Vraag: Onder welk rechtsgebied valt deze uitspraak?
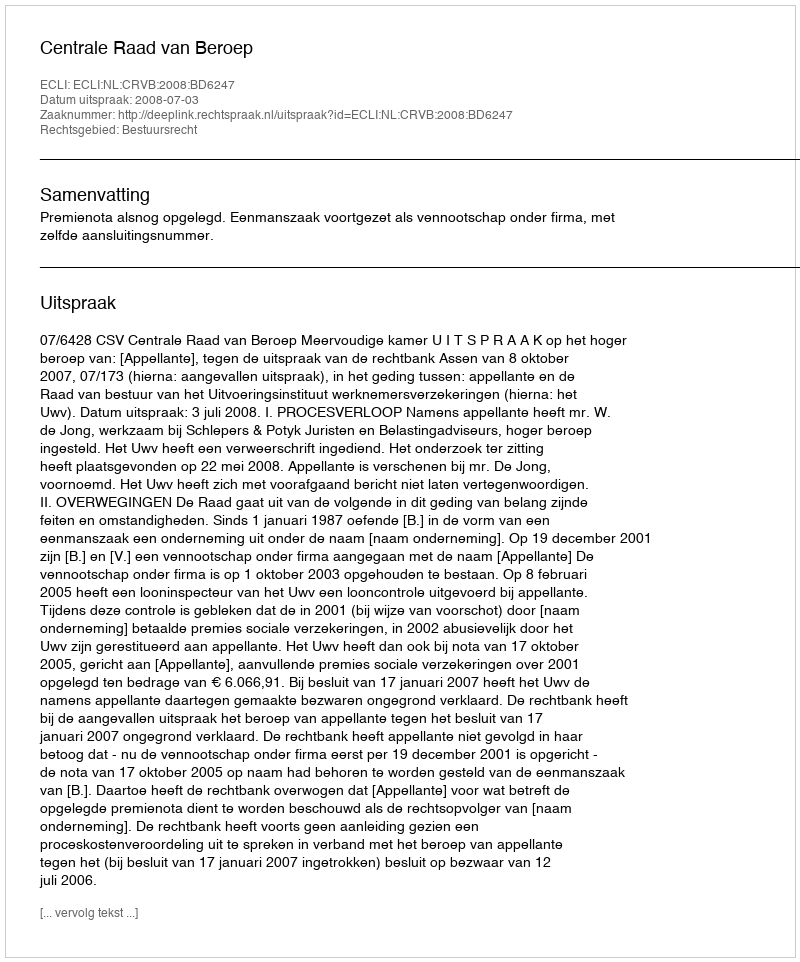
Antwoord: Bestuursrecht